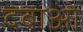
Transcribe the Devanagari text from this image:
दबाओ